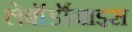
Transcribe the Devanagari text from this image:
लेबॉर्डॉनाइस